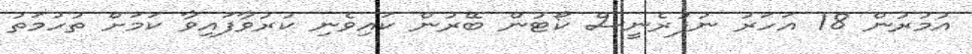
އުމުރުން 18 އަހަރު ނުފުރެނީސް ކޯޓުން ބޭރުން ކައިވެނި ކުރުވާފައިވާ ކަމަށް ތުހުމަތު